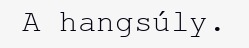
A hangsúly.